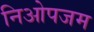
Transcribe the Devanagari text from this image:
निओपजम